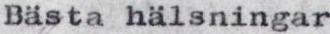
Bästa hälsningar